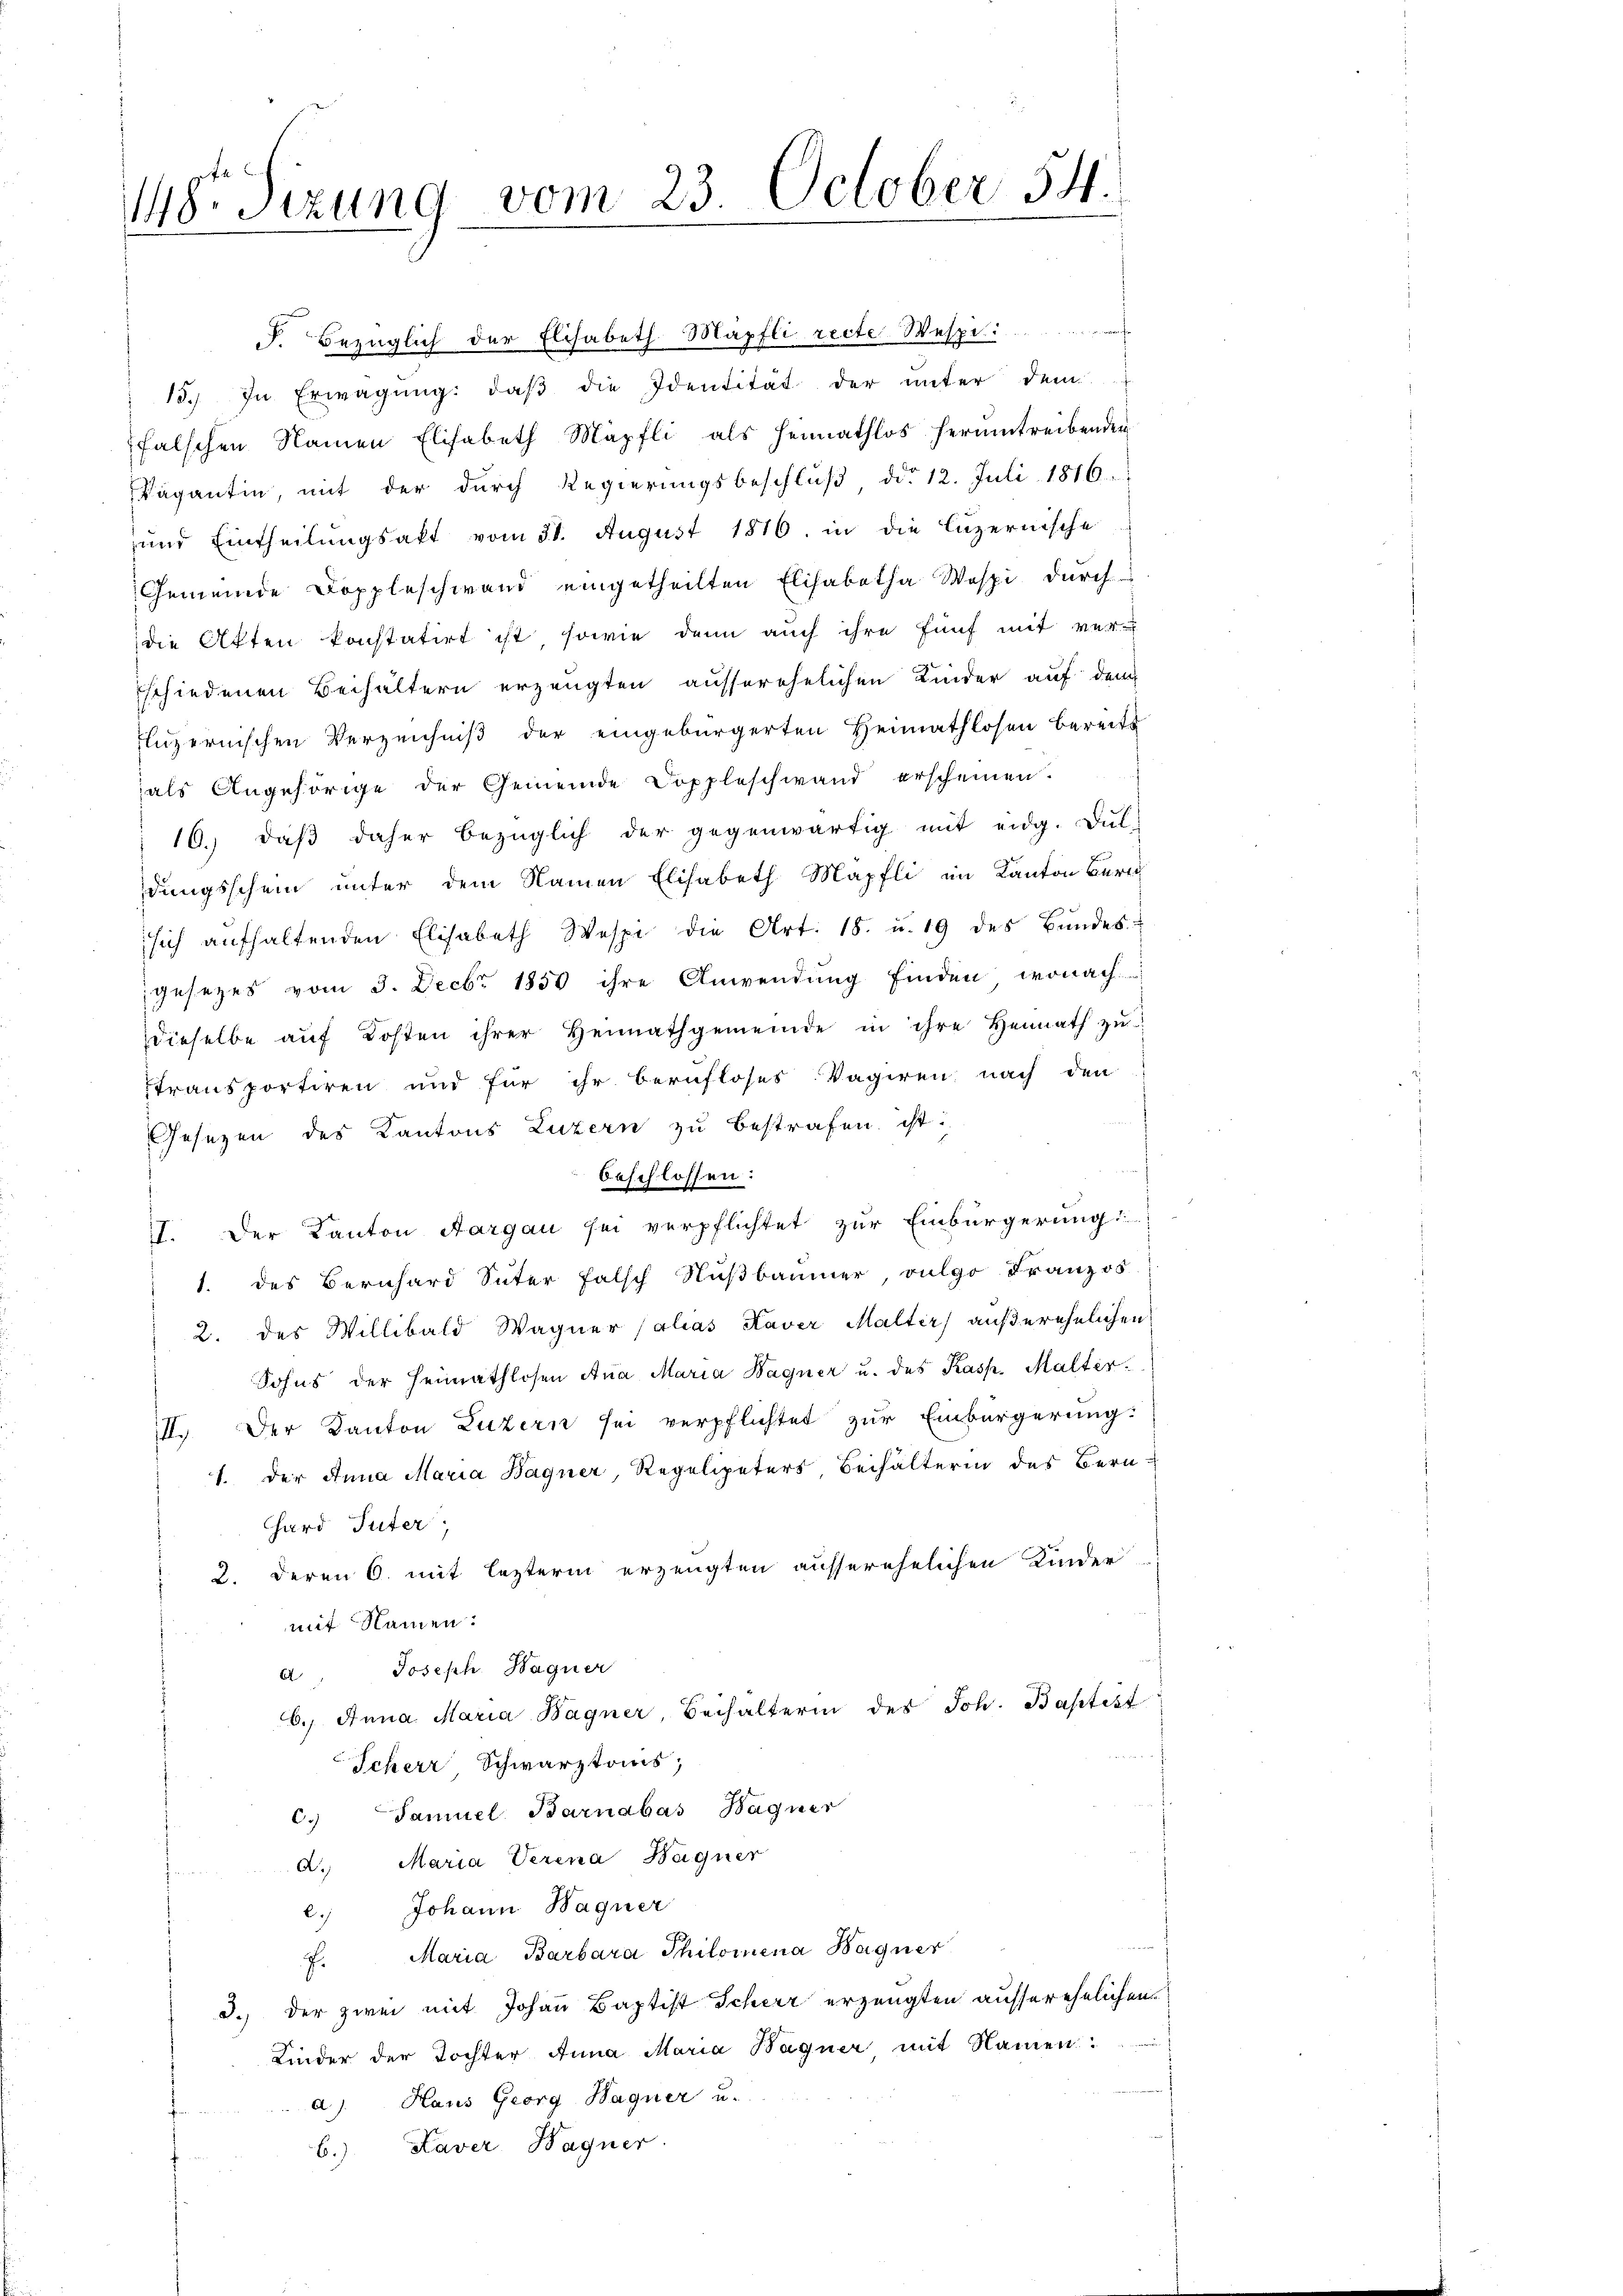
18. Sizung vom 23. October 54.

F. Bezüglich der Elisabeth Mäpfli recte-Wespe
15.) In Erwägŭng: daβ die Identität der unter dem
falschen Namen Elisabeth Mäpfli als heimathlos herumtreibenden
Vagantin, mit der durch Regierungsbeschluß, ddo 12. Juli 1816.
und Eintheilungsakt vom 31. August 1816. in die Luzernische
Gemeinde Doppleschwand eingetheilten Elisabetha Wespi durch
die Akten konstatirt ist, sowie denn auch ihre fünf mit ver-
schiedenen Beihältern erzeugten ausserehelichen Kinder auf dem
fluzernischen Verzeichniß der eingebürgerten Heimathlosen bereits
als Angehörige der Gemeinde Doppleschwand erscheinen.
16. daβ daher bezüglich der gegenwärtig mit eidg. Duldungsschein unter dem Namen Elisabeth Mapfli im Kanton Beri
sich aufhaltenden Elisabeth Wespi die Art. 18. u. 19 des Bŭndes:
gesezes vom 3. Decbr 1850 ihre Anwendung finden, wonach
dieselbe aŭf Kosten ihrer Heimathgemeinde in ihre Heimath zŭ
stransportiren und für ihr berufloses Vagiren nach den
Gesezen des Kantons Luzern zu bestrafen ist:
beschlossen:
II. Der Kanton Aargau sei verpflichtet zur Einbürgerung:
1. des Bernhard Suter falsch Nußbaumer vulgo Franzos
2. des Willibald Wagner Palias Kaver Malter) außerehelichen
Sohns der Heimathlosen Ana Maria Bagner u. des Kasp. Malter
III. Der Kanton Luzern sei verpflichtet zur Einbürgerung:
1. Der Anna Maria Bagner, Regelipeters Beihälterin des Bern-
Chard Guter,
2. Deren 6. mit lezterm erzeugten ausserehelichen Kinder
mit Namen.
a Joseph Hagner
6.) Anna Maria Bagner, Beihalterin des Joh. Baptist
Scherr Schwarztomis,
C. Samuel Barnabas Hagner
a. Maria Verina Bagner
2.) Johann Wagner
f. Maria Barbara Philomena Bagner
d.) der zwei mit Johann Baptist Scherr erzeugten ausserehelichen.
Kinder der Tochter Anna Maria Wagner mit Namen
a). Haus Georg Hagner u.
b.) Kaver Wagner